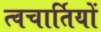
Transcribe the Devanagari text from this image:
त्वचार्तियों